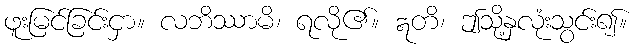
ဖူးမြင်ခြင်းငှာ။ လဘိဿာမိ၊ ရလို၏။ ဣတိ၊ ဤသို့နှလုံးသွင်း၍။